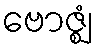
ဗောဇ္ဈံ